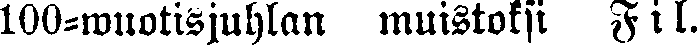
100-wuotisjuhlan muistoksi Fil.